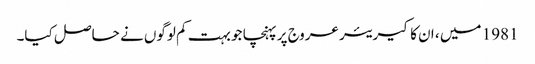
1981 میں ، ان کا کیریئر عروج پر پہنچا جو بہت کم لوگوں نے حاصل کیا۔